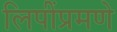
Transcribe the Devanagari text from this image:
लिपींप्रमणे